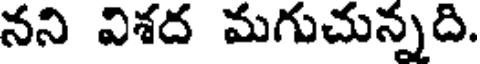
నని విశద మగుచున్నది.